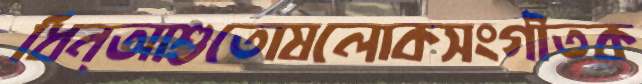
ধিন্আশুতোষলোকসংগীতক